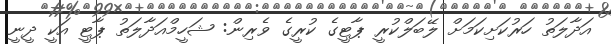
އަދާލަތު ހަރުކަށިކަމަށް ލޭބަލްކުރީ ޕާޓީގެ ކުރީގެ ވެރިން: ޝަހީމްއަދާލަތު ޕާޓީ އަކީ ދީނީ